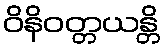
ဝိနိဝတ္တယန္တိ